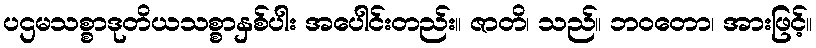
ပဌမသစ္စာဒုတိယသစ္စာနှစ်ပါး အပေါင်းတည်း။ ဇာတိ၊ သည်။ ဘဝတော၊ အားဖြင့်။